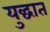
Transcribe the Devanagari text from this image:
युद्घात